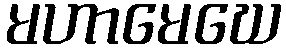
မဟာမေဃေ